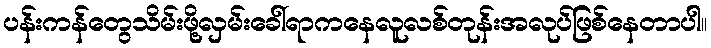
ပန်းကန်တွေသိမ်းဖို့လှမ်းခေါ်ရာကနေလူလစ်တုန်းအလုပ်ဖြစ်နေတာပါ။